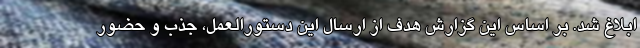
ابلاغ شد. بر اساس این گزارش هدف از ارسال این دستورالعمل، جذب و حضور